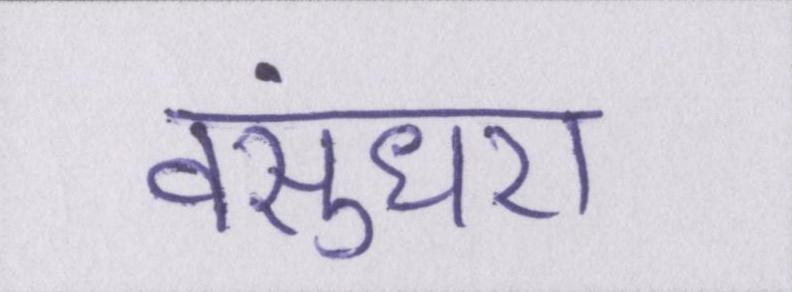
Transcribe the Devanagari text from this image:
वसुंधरा